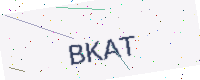
Text: BKAT